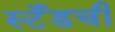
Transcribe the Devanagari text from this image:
स्टँडची